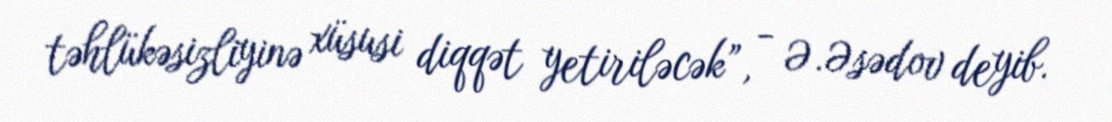
təhlükəsizliyinə xüsusi diqqət yetiriləcək”, - Ə.Əsədov deyib.